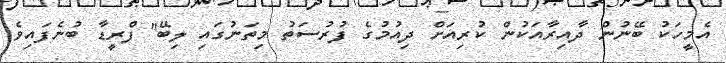
އެމީހަކު ބޭނުން ދާއިރާއަކުން ކުރިއަށް ދިއުމުގެ ފުރުސަތު މިތަނުގައި ލިބޭ'' ފްރީޑާ ބުނެފައިވެ